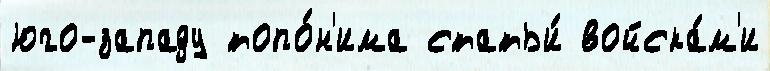
юго-западу топо́н'има статьи́ войска́м'и